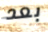
بعد